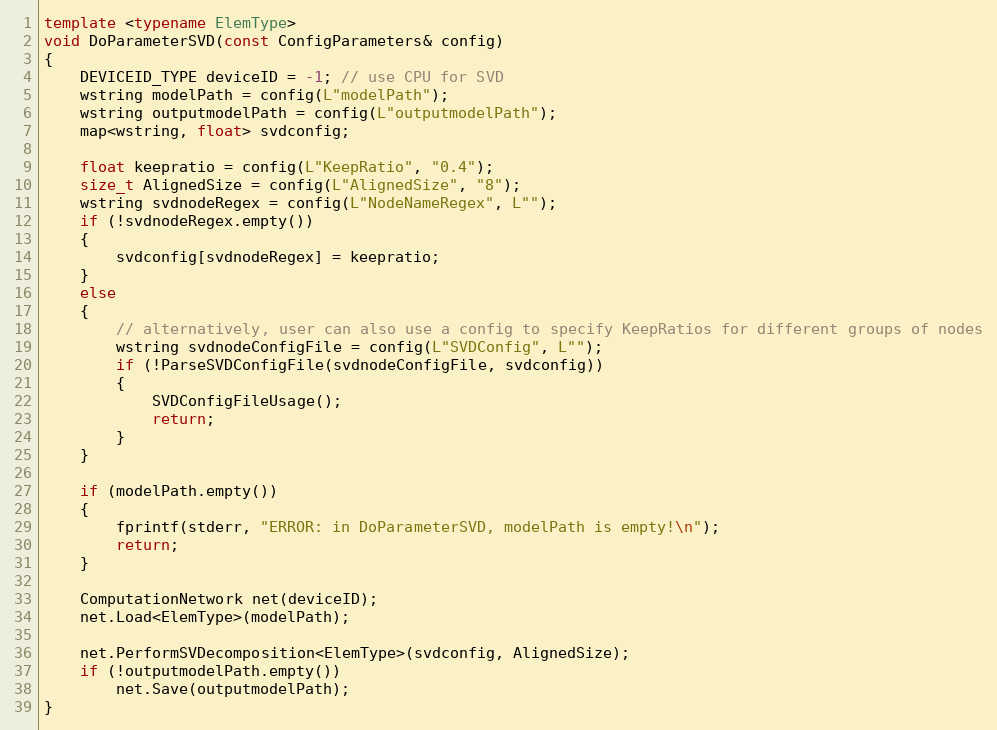
Language: C++
template <typename ElemType>
void DoParameterSVD(const ConfigParameters& config)
{
    DEVICEID_TYPE deviceID = -1; // use CPU for SVD
    wstring modelPath = config(L"modelPath");
    wstring outputmodelPath = config(L"outputmodelPath");
    map<wstring, float> svdconfig;

    float keepratio = config(L"KeepRatio", "0.4");
    size_t AlignedSize = config(L"AlignedSize", "8");
    wstring svdnodeRegex = config(L"NodeNameRegex", L"");
    if (!svdnodeRegex.empty())
    {
        svdconfig[svdnodeRegex] = keepratio;
    }
    else
    {
        // alternatively, user can also use a config to specify KeepRatios for different groups of nodes
        wstring svdnodeConfigFile = config(L"SVDConfig", L"");
        if (!ParseSVDConfigFile(svdnodeConfigFile, svdconfig))
        {
            SVDConfigFileUsage();
            return;
        }
    }

    if (modelPath.empty())
    {
        fprintf(stderr, "ERROR: in DoParameterSVD, modelPath is empty!\n");
        return;
    }

    ComputationNetwork net(deviceID);
    net.Load<ElemType>(modelPath);

    net.PerformSVDecomposition<ElemType>(svdconfig, AlignedSize);
    if (!outputmodelPath.empty())
        net.Save(outputmodelPath);
}